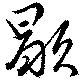
歇